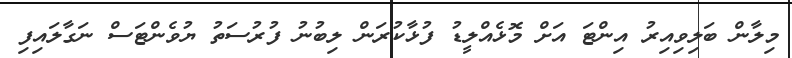
މިލާން ބަލިވިއިރު އިންޓަ އަށް މޮޅެއްލީޑު ފުޅާކުރަން ލިބުނު ފުރުސަތު ޔުވެންޓަސް ނަގާލައިފި